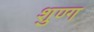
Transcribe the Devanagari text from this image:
शुण्ग